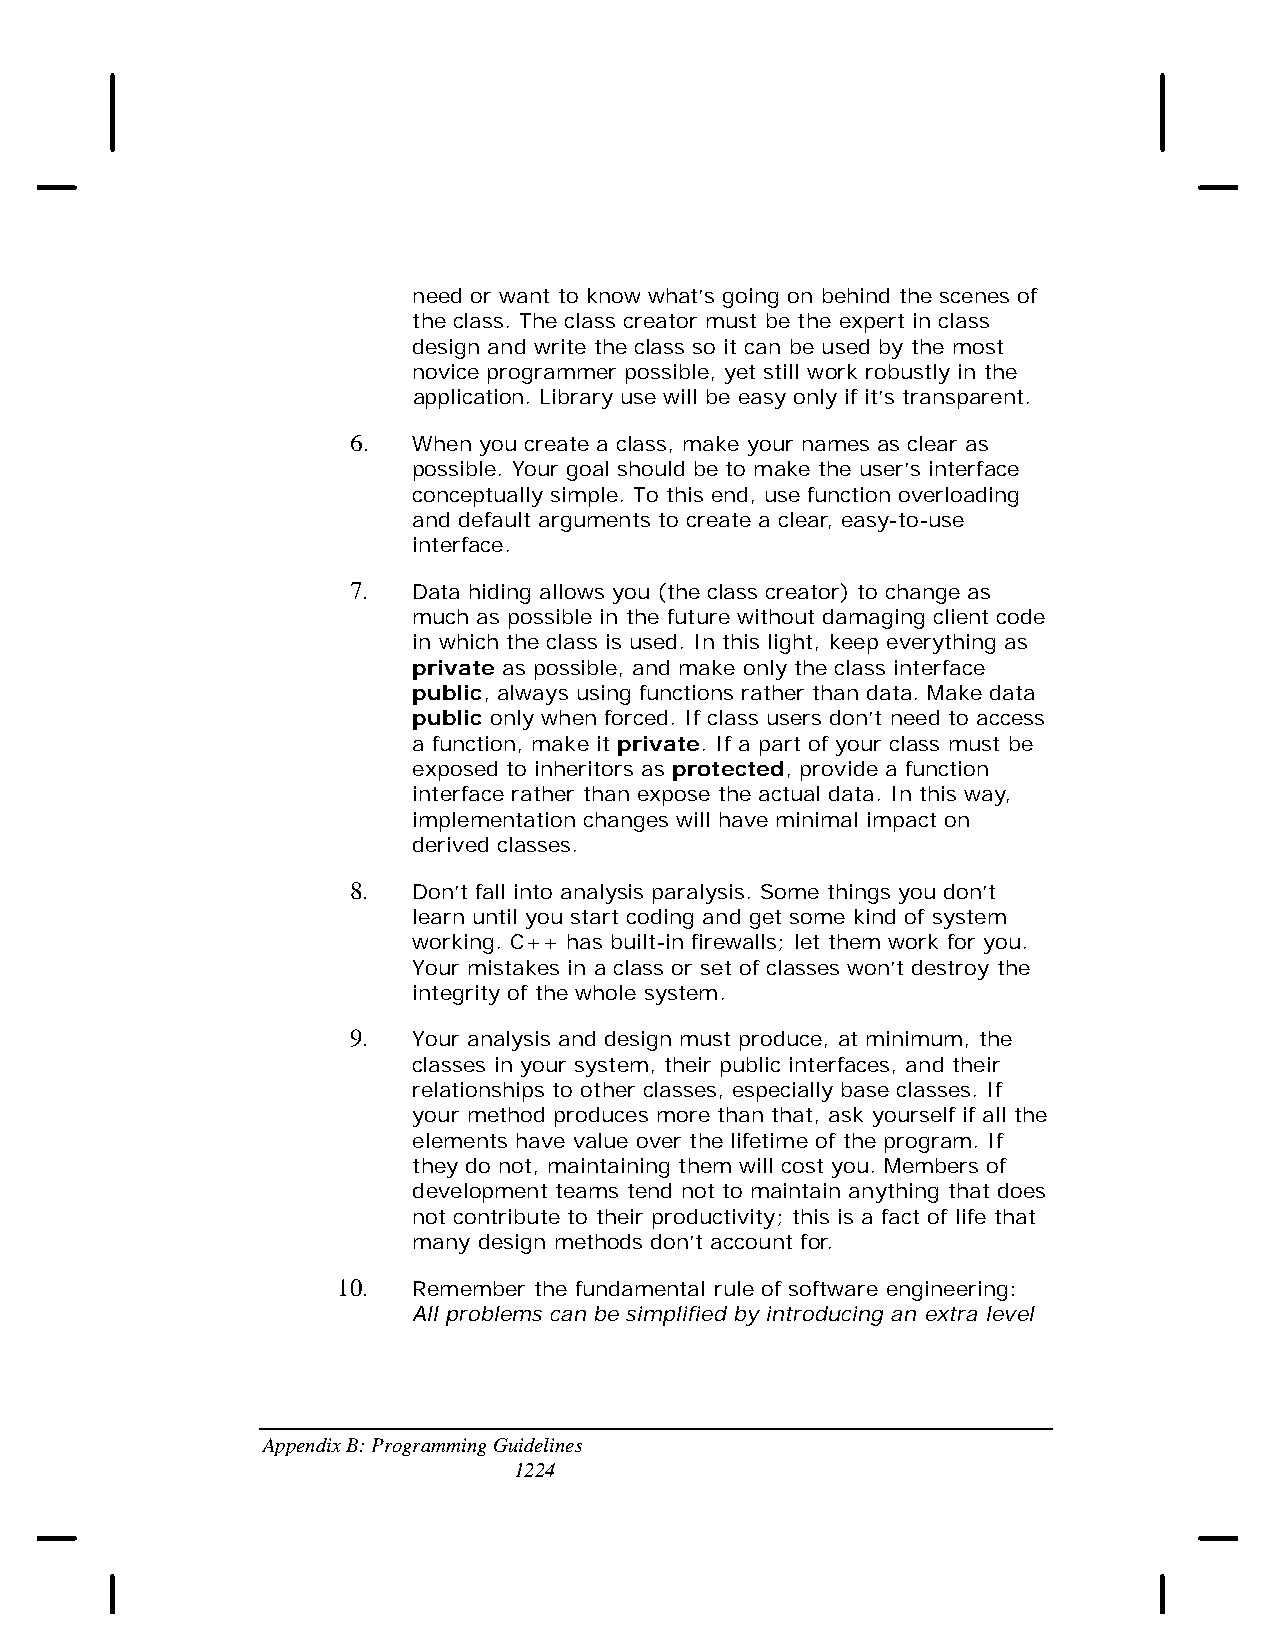
need or want to know what’s going on behind the scenes of
 the class. The class creator must be the expert in class
 design and write the class so it can be used by the most
 novice programmer possible, yet still work robustly in the
 application. Library use will be easy only if it’s transparent.
 6.  When you create a class, make your names as clear as
 possible. Your goal should be to make the user’s interface
 conceptually simple. To this end, use function overloading
 and default arguments to create a clear, easy-to-use
 interface.
 7.  Data hiding allows you (the class creator) to change as
 much as possible in the future without damaging client code
 in which the class is used. In this light, keep everything as
 private as possible, and make only the class interface
 public, always using functions rather than data. Make data
 public only when forced. If class users don’t need to access
 a function, make it private. If a part of your class must be
 exposed to inheritors as protected, provide a function
 interface rather than expose the actual data. In this way,
 implementation changes will have minimal impact on
 derived classes.
 8.  Don’t fall into analysis paralysis. Some things you don’t
 learn until you start coding and get some kind of system
 working. C++ has built-in firewalls; let them work for you.
 Your mistakes in a class or set of classes won’t destroy the
 integrity of the whole system.
 9.  Your analysis and design must produce, at minimum, the
 classes in your system, their public interfaces, and their
 relationships to other classes, especially base classes. If
 your method produces more than that, ask yourself if all the
 elements have value over the lifetime of the program. If
 they do not, maintaining them will cost you. Members of
 development teams tend not to maintain anything that does
 not contribute to their productivity; this is a fact of life that
 many design methods don’t account for.
 10.  Remember the fundamental rule of software engineering:
 All problems can be simplified by introducing an extra level
 Appendix B: Programming Guidelines
 1224